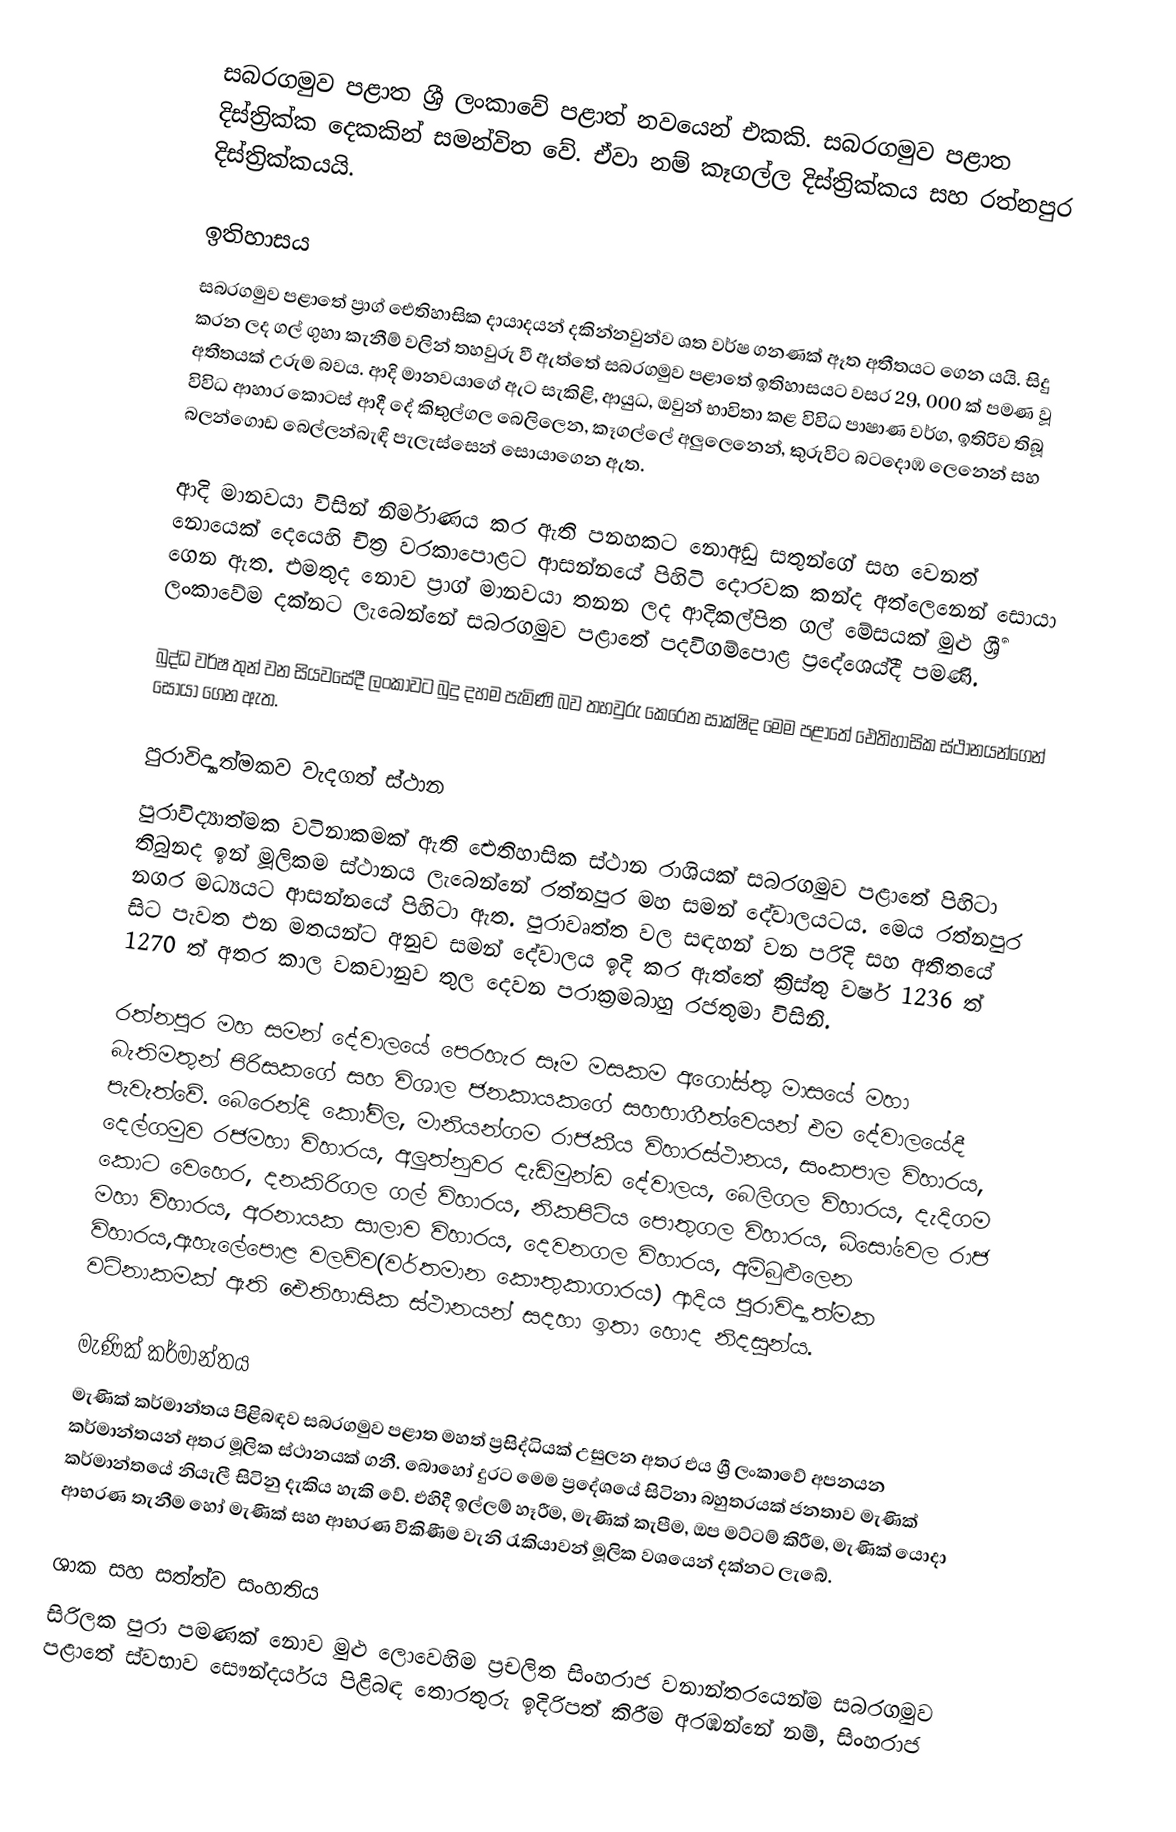
සබරගමුව පළාත  ශ්‍රී ලංකාවේ පළාත් නවයෙන් එකකි. සබරගමුව පළාත දිස්ත්‍රික්ක දෙකකින් සමන්විත වේ. ඒවා නම් කෑගල්ල දිස්ත්‍රික්කය සහ රත්නපුර දිස්ත්‍රික්කයයි.

ඉතිහාසය
සබරගමුව පළාතේ ප්‍රාග් ඓතිහාසික දායාදයන් දකින්නවුන්ව ශත වර්ෂ ගනණක් ඈත අතීතයට ගෙන යයි.  සිදු කරන ලද ගල් ගුහා කැනීම් වලින් තහවුරු වී ඇත්තේ සබරගමුව පළාතේ ඉතිහාසයට වසර 29, 000 ක් පමණ වූ අතීතයක් උරුම බවය. ආදි මානවයාගේ ඇට සැකිළි, ආයුධ, ඔවුන් භාවිතා කළ විවිධ පාෂාණ වර්ග, ඉතිරිව තිබූ විවිධ ආහාර කොටස් ආදී දේ කිතුල්ගල බෙලිලෙන, කෑගල්ලේ අලුලෙනෙන්, කුරුවිට බටදොඹ ලෙනෙන් සහ බලන්ගොඩ බෙල්ලන්බැඳි පැලැස්සෙන් සොයාගෙන ඇත.

ආදි මානවයා විසින් නිර්මාණය කර ඇති පනහකට නොඅඩු සතුන්ගේ සහ වෙනත් නොයෙක් දෙයෙහි චිත්‍ර වරකාපොළට ආසන්නයේ පිහිටි දොරවක කන්ද අත්ලෙනෙන් සොයා ගෙන ඇත. එමතුද නොව ප්‍රාග් මානවයා තනන ලද ආදිකල්පිත ගල් මේසයක් මුළු ශ්‍රීර්‍ ලංකාවේම දක්නට ලැබෙන්නේ සබරගමුව පළාතේ පදවිගම්පොළ ප්‍රදේශ‍ෙය්දී පමණි.

බුද්ධ වර්ෂ තුන් වන සියවසේදී ලංකාවට බුදු දහම පැමිණි බව තහවුරු ‍කෙරෙන සාක්ෂිද මෙම පළාතේ ඓතිහාසික ස්ථානයන්ගෙන් සොයා ගෙන ඇත.

පුරාවිද්‍යාත්මකව වැදගත් ස්ථාන
පුරාවිද්‍යාත්මක වටිනාකමක් ඇති ඓතිහාසික ස්ථාන රාශියක් සබරගමුව පළාතේ පිහිටා තිබුනද ඉන් මූලිකම ස්ථානය ලැබෙන්නේ රත්නපුර මහ සමන් දේවාලයටය. මෙය රත්නපුර නගර මධ්‍යයට ආසන්නයේ පිහිටා ඇත. පුරාවෘත්ත වල සඳහන් වන පරිදි සහ අතීතයේ සිට පැවත එන මතයන්ට අනුව සමන් දේවාලය ඉදි කර ඇත්තේ ක්‍රිස්තු වර්ෂ 1236 ත් 1270 ත් අතර කාල වකවානුව තුල දෙවන පරාක්‍රමබාහු රජතුමා විසිනි.

රත්නපුර මහ සමන් දේවාලයේ පෙරහැර සෑම මසකම අගෝස්තු මාසයේ මහා බැතිමතුන් පිරිසකගේ සහ විශාල ජනකායකගේ සහභාගීත්ව‍ෙයන් එම දේවාලයේදී පැවැත්වේ. බෙරෙන්දි කෝවිල, මානියන්ගම රාජකීය විහාරස්ථානය, සංකපාල විහාරය, දෙල්ගමුව රජමහා විහාරය, අලුත්නුවර දැඩිමුන්ඩ දේවාලය, බෙලිගල විහාරය, දැදිගම කොට වෙහෙර, දනකිරිගල ගල් විහාරය, නිකපිටිය පොතුගල විහාරය, බිසෝවෙල රාජ මහා විහාරය, අරනායක සාලාව විහාරය, දෙවනගල විහාරය, අම්බුළුලෙන විහාරය,ඇහැලේපොළ වලව්ව(වර්තමාන කෞතුකාගාරය) ආදිය පුරාවිද්‍යාත්මක වටිනාකමක් ඇති ඓතිහාසික ස්ථානයන් සදහා ඉතා හොද නිදසුන්ය.

මැණික් කර්මාන්තය
මැණික් කර්මාන්තය පිළිබඳව සබරගමුව පළාත මහත් ප්‍රසිද්ධියක් උසුලන අතර එය ශ්‍රී ලංකාවේ අපනයන කර්මාන්තයන් අතර මූලික ස්ථානයක් ගනී. බොහෝ දුරට මෙ‍ම ප්‍රදේශයේ සිටිනා බහුතරයක් ජනතාව මැණික් කර්මාන්තයේ නියැලී සිටිනු දැකිය හැකි වේ. එහිදී ඉල්ලම් හෑරීම, මැණික් කැපීම, ඔප මට්ටම් කිරීම, මැණික් යොදා ආභරණ තැනීම හෝ මැණික් සහ ආභරණ විකිණීම වැනි රැකියාවන් මූලික වශයෙන් දක්නට ලැබේ.

ශාක සහ සත්ත්ව සංහතිය
සිරිලක පුරා පමණක් නොව මුළු ලොවෙහිම ප්‍රචලිත සිංහරාජ වනාන්තරයෙන්ම සබරගමුව පළාතේ ස්වභාව සෞන්දර්යය පිළිබඳ තොරතුරු ඉදිරිපත් කිරීම අරඹන්නේ නම්, සිංහරාජ